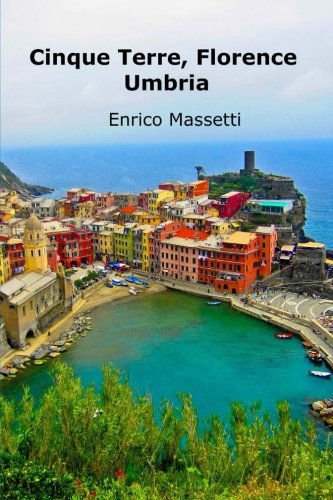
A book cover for Cinque Terre, Florence, Umbria (Weeklong car trips in Italy) (Volume 20); Enrico Massetti; Travel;